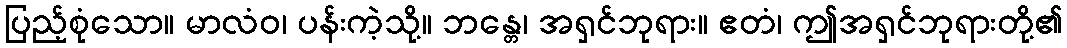
ပြည့်စုံသော။ မာလံဝ၊ ပန်းကဲ့သို့။ ဘန္တေ၊ အရှင်ဘုရား။ ဧတံ၊ ဤအရှင်ဘုရားတို့၏